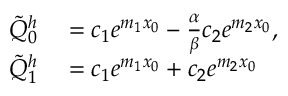
\begin{array} { r l } { \tilde { Q } _ { 0 } ^ { h } } & { { } = c _ { 1 } e ^ { m _ { 1 } x _ { 0 } } - \frac { \alpha } { \beta } c _ { 2 } e ^ { m _ { 2 } x _ { 0 } } , } \\ { \tilde { Q } _ { 1 } ^ { h } } & { { } = c _ { 1 } e ^ { m _ { 1 } x _ { 0 } } + c _ { 2 } e ^ { m _ { 2 } x _ { 0 } } } \end{array}